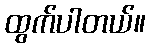
ထွက်ပါတယ်။